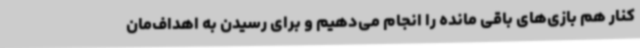
کنار هم بازی‌های باقی مانده را انجام می‌دهیم و برای رسیدن به اهداف‌مان